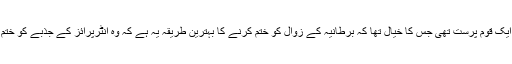
تھیچر ایک قوم پرست تھی جس کا خیال تھا کہ برطانیہ کے زوال کو ختم کرنے کا بہترین طریقہ یہ ہے کہ وہ انٹرپرائز کے جذبے کو ختم کرے۔